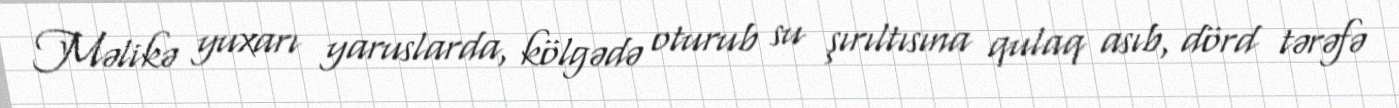
Məlikə yuxarı yaruslarda, kölgədə oturub su şırıltısına qulaq asıb, dörd tərəfə